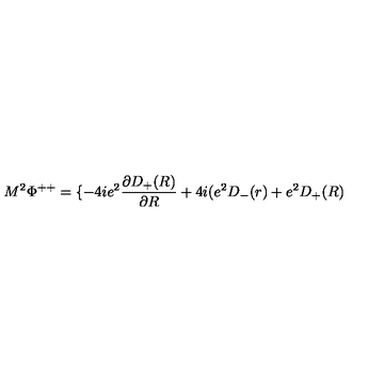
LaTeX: M ^ { 2 } { \Phi } ^ { + + } = \{ - 4 i e ^ { 2 } \frac { { \partial } D _ { + } ( R ) } { { \partial } R } + 4 i ( e ^ { 2 } D _ { - } ( r ) + e ^ { 2 } D _ { + } ( R )